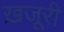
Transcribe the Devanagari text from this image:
ख़जूरी